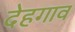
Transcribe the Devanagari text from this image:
देहगाव